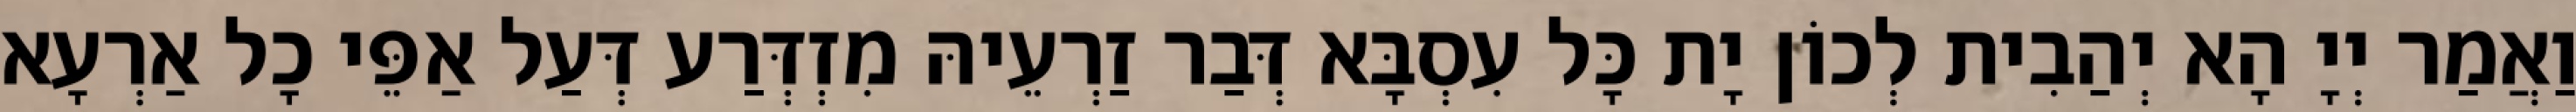
וַאֲמַר יְיָ הָא יְהַבִית לְכוֹן יָת כָּל עִסְבָּא דְּבַר זַרְעֵיהּ מִזְדְּרַע דְּעַל אַפֵּי כָל אַרְעָא